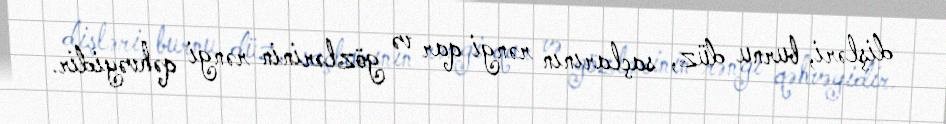
dişləri, burnu düz, saçlarının rəngi qar və gözlərinin rəngi qəhvəyidir.